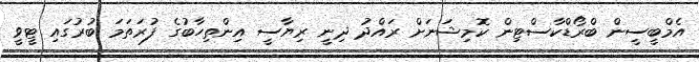
އެމްބީސީން ބްރޯޑްކާސްޓިން ކޮމިޝަނަށް ރައްދު ދިނީ ރިޔާސީ އިންތިހާބުގެ ފުރަތަމަ ބުރުގައި ޓީވީ